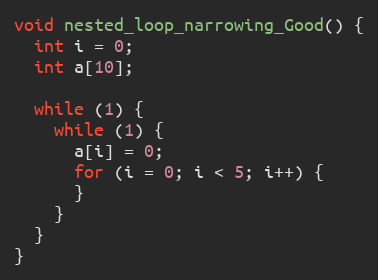
Language: C
void nested_loop_narrowing_Good() {
  int i = 0;
  int a[10];

  while (1) {
    while (1) {
      a[i] = 0;
      for (i = 0; i < 5; i++) {
      }
    }
  }
}